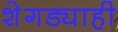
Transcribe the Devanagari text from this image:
शेगड्याही